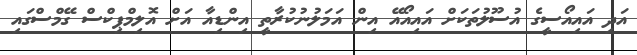
އަދި އައިއޯސީގެ އުސޫލުތަކަށް އައިއޯއޭ އިން އަމަލުނުކުރާތީ އިންޑިއާ އަށް އޮލިމްޕިކްސް ގޭމްސްގައި